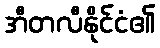
အီတလီနိုင်ငံ၏